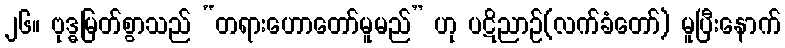
၂၆။ ဗုဒ္ဓမြတ်စွာသည် “တရားဟောတော်မူမည်” ဟု ပဋိညာဉ်(လက်ခံတော်) မူပြီးနောက်